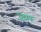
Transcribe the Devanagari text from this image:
शिप्रक